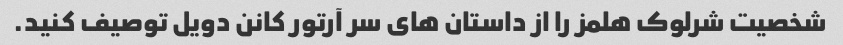
شخصیت شرلوک هلمز را از داستان های سر آرتور کانن دویل توصیف کنید.